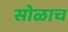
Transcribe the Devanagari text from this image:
सोळाच